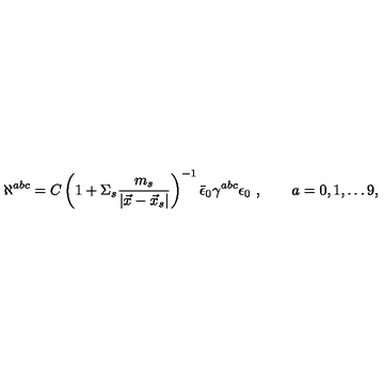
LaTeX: \aleph ^ { a b c } = C \left( 1 + \Sigma _ { s } { \frac { m _ { s } } { | \vec { x } - \vec { x } _ { s } | } } \right) ^ { - 1 } \bar { \epsilon } _ { 0 } \gamma ^ { a b c } \epsilon _ { 0 } \ , \qquad a = 0 , 1 , \dots 9 ,